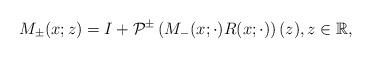
LaTeX: \begin{align*}M_{\pm}(x;z)=I+\mathcal{P}^{\pm}\left(M_{-}(x; \cdot) R(x ;\cdot)\right)(z), z \in \mathbb{R},\end{align*}